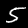
Label: 5